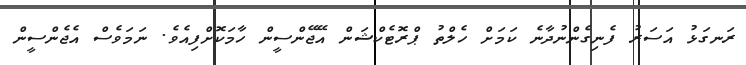
ރަނގަޅު އަސަރު ފެނިގެންނުދާނެ ކަމަށް ހެލްތު ޕްރޮޓެކްޝަން އޭޖޭންސީން ހާމަކޮށްފިއެވެ. ނަމަވެސް އެޖެންސީން